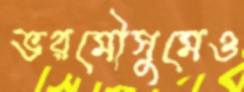
ভরমৌসুমেও